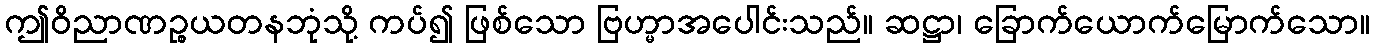
ဤဝိညာဏဉ္စယတနဘုံသို့ ကပ်၍ ဖြစ်သော ဗြဟ္မာအပေါင်းသည်။ ဆဋ္ဌာ၊ ခြောက်ယောက်မြောက်သော။